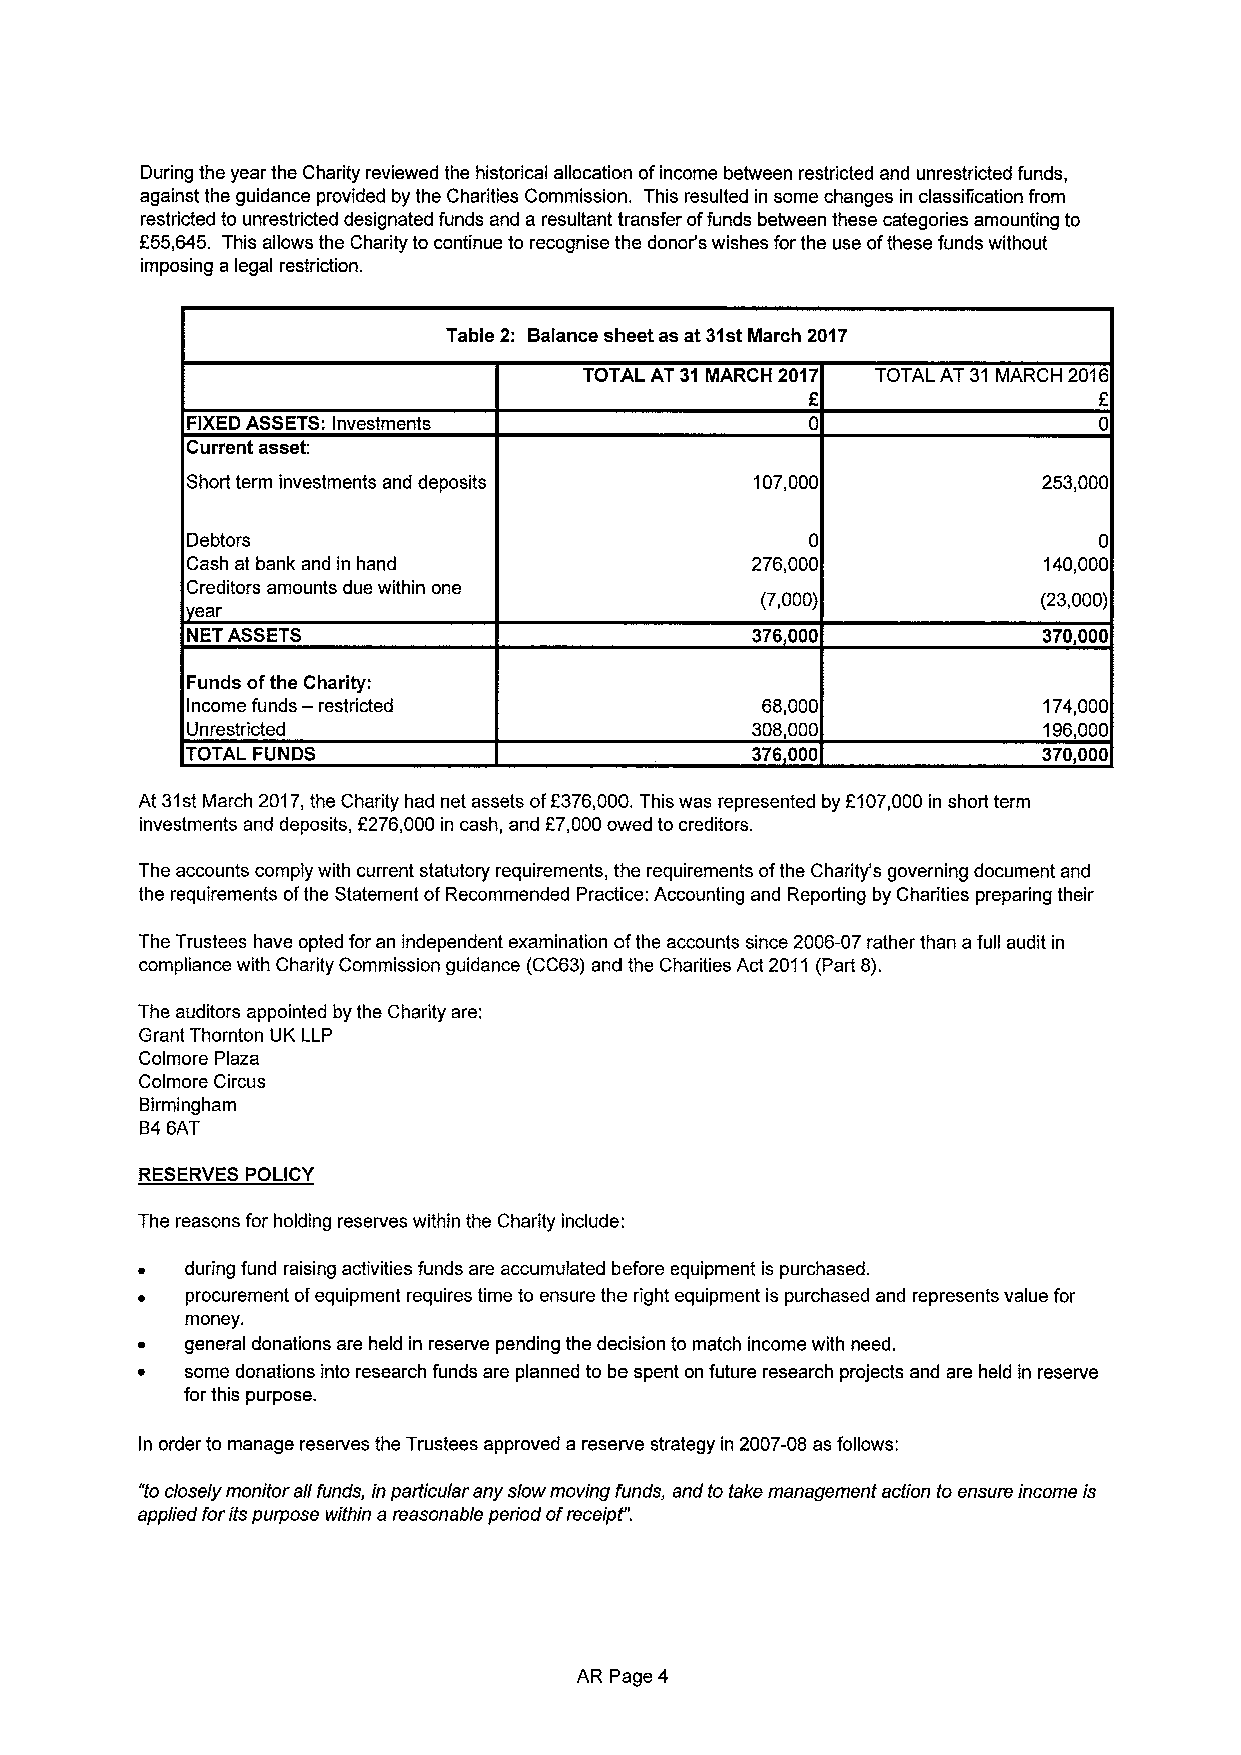
During the year the Charity reviewed the historical allocation ofincome between restricted and unrestricted funds,
 against the guidance provided by the Charities Commission. This resulted in some changes in classification from
 restricted to unrestricted designated funds and a resultant transfer offunds between these categories amounting to
 f55,645. This allows the Charity to continue to recognise the donor's wishes for the use ofthese funds without
 imposing a legal restriction.
 Table 2: Balance sheet as at 31stMarch 2017
 TOTAL AT 31 MARCH 2017 TOTAL AT 31 MARCH 2016
 E
 FIXEDASSETS:Investments
 Current asset:
 Short term investments and deposits   107,000            253,000
 Debtors                                  0                   0
 Cash at bank and in hand              276,000            140,000
 Creditors amounts due within one
 (7,000)            (23,000)
 ear
 NET ASSETS                            376000             370,000
 Funds ofthe Charity:
 Income funds — restricted             68,000             174,000
 Unrestricted                          308,000            196,000
 TOTAL FUNDS                           376000             370,000
 At 31stMarch 2017,the Charity had net assets off376,000.This was represented by 2107,000 in short term
 f
 investments and deposits, 2276,000in cash, and 7,000owed to creditors.
 The accounts comply with current statutory requirements, the requirements ofthe Charity's governing document and
 the requirements ofthe Statement ofRecommended Practice: Accounting and Reporting by Charities preparing their
 The Trustees have opted for an independent examination ofthe accounts since 2006-07 rather than afull audit in
 compliance with Charity Commission guidance (CC63) and the Charities Act 2011 (Part 8).
 The auditors appointed by the Charity are:
 Grant Thornton UK LLP
 Colmore Plaza
 Colmore Circus
 Birmingham
 B46AT
 RESERVES POLICY
 The reasons for holding reserves within the Charity include:
 during fund raising activities funds are accumulated before equipment is purchased.
 procurement ofequipment requires time to ensure the right equipment is purchased and represents value for
 money.
 general donations are held in reserve pending the decision to match income with need.
 some donations into research funds are planned to be spent on future research projects and are held in reserve
 for this purpose.
 In order to manage reserves the Trustees approved a reserve strategy in 2007-08 as follows:
 "toclosely monitor all funds, in particular any slow moving funds, and to take management action to ensure income is
 applied forits purpose within a reasonable period ofreceipt".
 AR Page 4